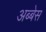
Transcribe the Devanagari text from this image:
अब्बेस